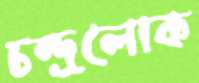
চন্দ্রলোক